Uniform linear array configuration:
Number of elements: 32
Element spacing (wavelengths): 0.5
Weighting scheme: hamming
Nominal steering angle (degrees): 15
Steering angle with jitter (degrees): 13.295
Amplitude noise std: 0.05
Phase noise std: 0.05

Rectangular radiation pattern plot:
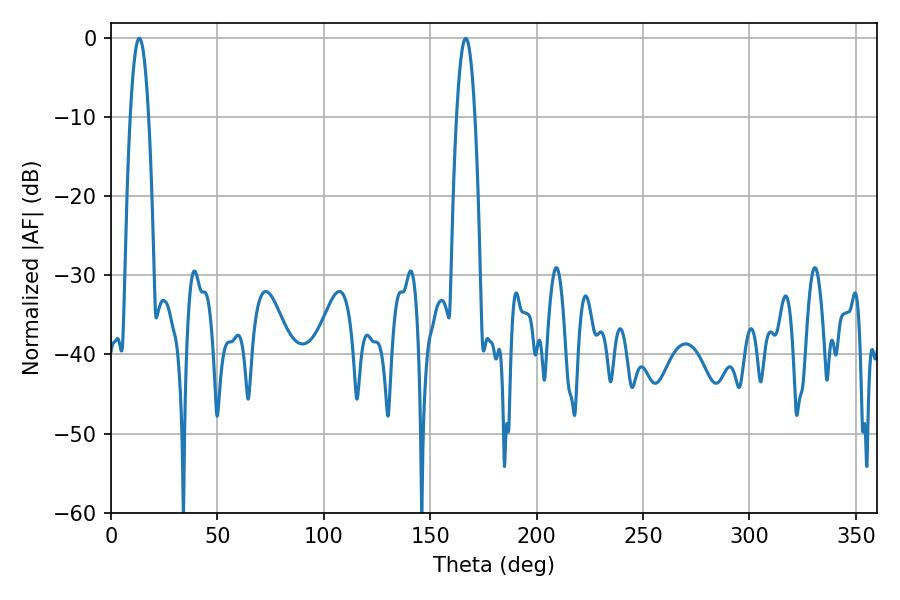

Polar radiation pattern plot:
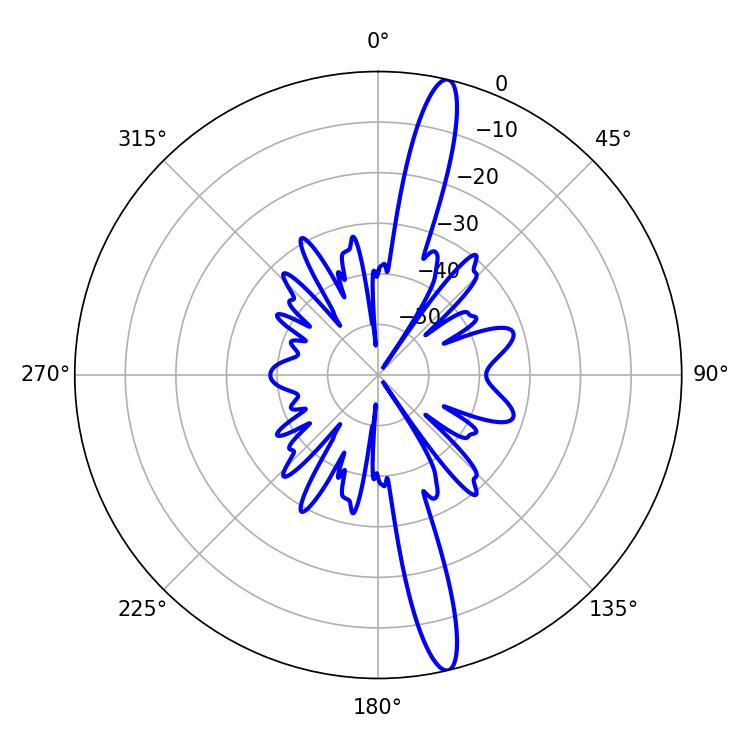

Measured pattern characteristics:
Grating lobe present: FALSE
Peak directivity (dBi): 16.823
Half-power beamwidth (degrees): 4.68
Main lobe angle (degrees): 166.68